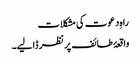
راہِ دعوت کی مشکلات
واقعۂ طائف پر نظر ڈالیے۔